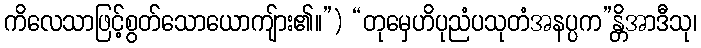
ကိလေသာဖြင့်စွတ်သောယောကျ်ား၏။”) “တုမှေဟိပုညံပသုတံအနပ္ပက”န္တိအာဒီသု၊